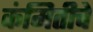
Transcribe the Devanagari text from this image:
कंमितीचे